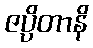
ဇပ္ပိတာနိ